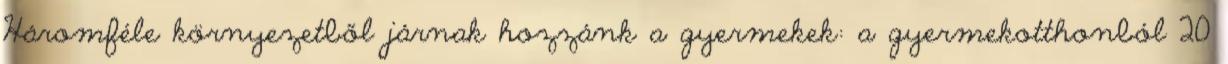
Háromféle környezetből járnak hozzánk a gyermekek: a gyermekotthonból 20